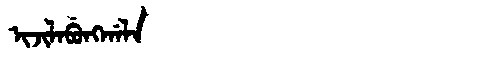
Manchu: ᡳᠵᡳᠯᠠᠪᡠᠩᡤᠠᠯᠠ
Romanization: IJILABUNGGALA